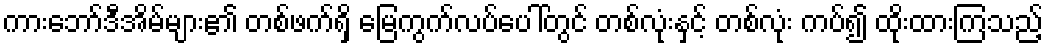
ကားဘော်ဒီအိမ်များ၏ တစ်ဖက်ရှိ မြေကွက်လပ်ပေါ်တွင် တစ်လုံးနှင့် တစ်လုံး ကပ်၍ ထိုးထားကြသည့်